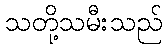
သတို့သမီးသည်